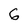
Character: 6